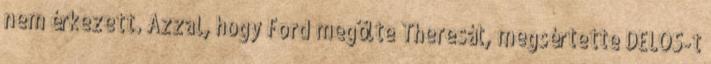
nem érkezett. Azzal, hogy Ford megölte Theresát, megsértette DELOS-t